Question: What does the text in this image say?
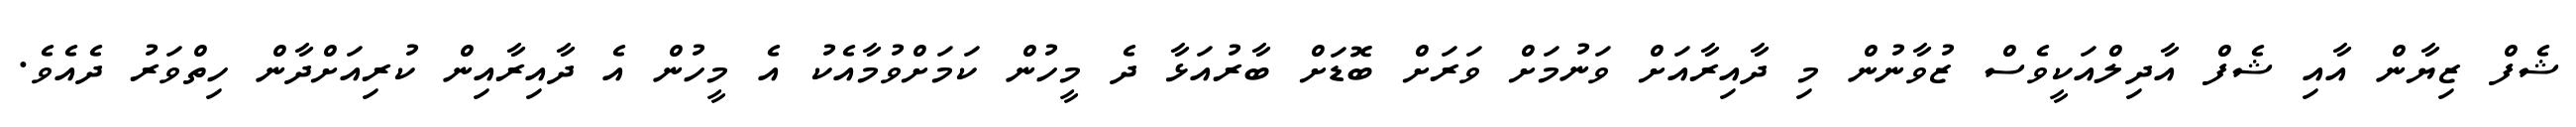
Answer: ޝެފް ޒިޔާން އާއި ޝެފް އާދިލްއަކީވެސް ޒުވާނުން މި ދާއިރާއަށް ވަނުމަށް ވަރަށް ބޮޑަށް ބާރުއަޅާ ދެ މީހުން ކަމަށްވުމާއެކު އެ މީހުން އެ ދާއިރާއިން ކުރިއަށްދާން ހިތްވަރު ދެއެވެ.